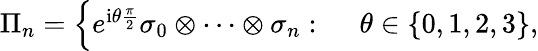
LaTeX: \begin{array}{rl}{\Pi_{n}=\Big\{ e^{\mathrm{i}\theta\frac{\pi}{2}}\sigma_{0}\otimes\cdots\otimes\sigma_{n}:~}&{{}\theta\in\{ 0,1,2,3\} ,}\end{array}